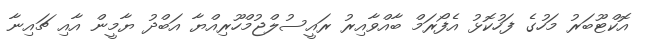
އޮކްޓޫބަރު މަހުގެ ފަހުކޮޅު އެފޯރަމް ބާއްވާއިރު ރައީސުލްޖުމްހޫރިއްޔާ އަބްދު ޔާމީން އާއި ޗައިނާ